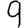
Digit: 9